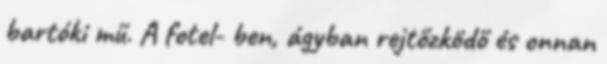
bartóki mű. A fotel- ben, ágyban rejtőzködő és onnan